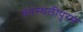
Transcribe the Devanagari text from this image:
वनस्थलीपुरम